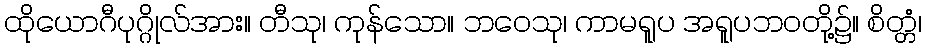
ထိုယောဂီပုဂ္ဂိုလ်အား။ တီသု၊ ကုန်သော။ ဘဝေသု၊ ကာမရူပ အရူပဘဝတို့၌။ စိတ္တံ၊